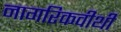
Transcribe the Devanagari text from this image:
नागरिकवीथी